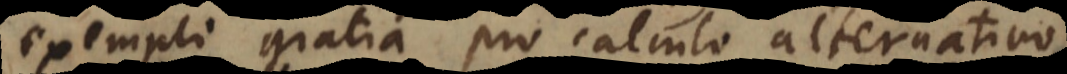
exempli gratia pro calculo alternativo,